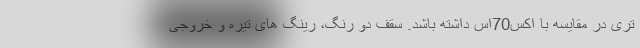
تری در مقایسه با اکس70اس داشته باشد. سقف دو رنگ، رینگ های تیره و خروجی